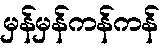
မှန်မှန်ကန်ကန်